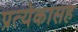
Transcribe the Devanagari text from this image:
प्रत्येकासह